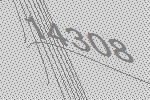
14308